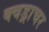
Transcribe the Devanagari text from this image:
क्वड्राचर